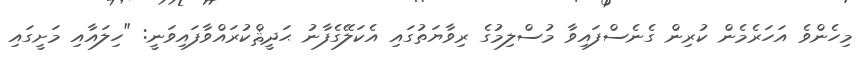
މިހެންވެ އަހަރެމެން ކުރިން ގެނެސްފައިވާ މުސްލިމުގެ ރިވާޔަތުގައި އެކަލޭގެފާނު ޙަދީޘްކުރައްވާފައިވަނީ: "ހިލައާއި މަށީގައި